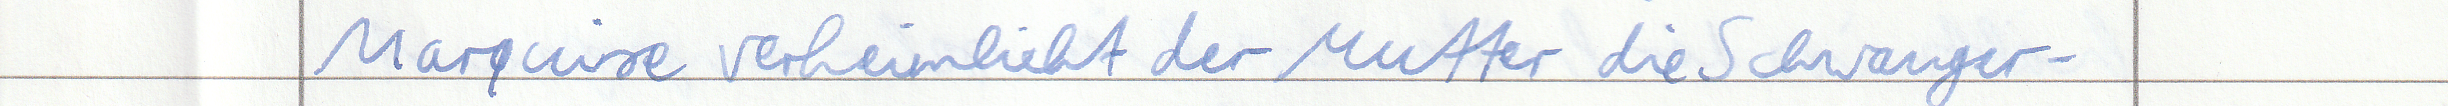
Marquise verheimlicht der Mutter die Schwanger -